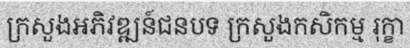
ក្រសួងអភិវឌ្ឍន៍ជនបទ ក្រសួងកសិកម្ម រុក្ខា